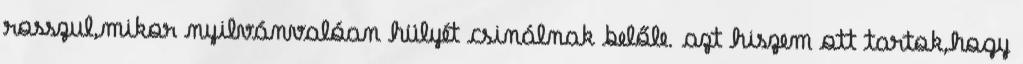
rosszul,mikor nyilvánvalóan hülyét csinálnak belőle. azt hiszem ott tartok,hogy